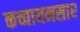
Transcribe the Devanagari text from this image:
कच्चायनसार